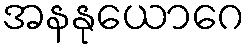
အနနုယောဂေ